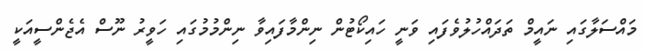
މައްސަލާގައި ނައީމް ތަދައްހުލުވެފައި ވަނީ ހައިކޯޓުން ނިންމާފައިވާ ނިންމުމުގައި ހަވީރު ނޫސް އެޖެންސީއަކީ